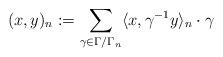
LaTeX: \begin{align*} (x,y)_n := \sum_{\gamma\in \Gamma/\Gamma_n} \langle x,\gamma^{-1}y\rangle_n \cdot \gamma \end{align*}